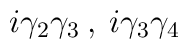
i\gamma _{2}\gamma _{3}\: ,\: i\gamma _{3}\gamma _{4}